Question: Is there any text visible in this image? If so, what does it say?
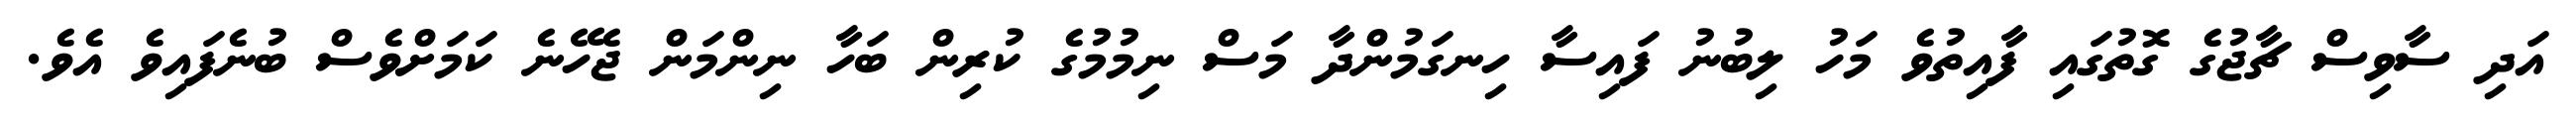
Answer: އަދި ސާވިސް ޗާޖުގެ ގޮތުގައި ފާއިތުވެ މަހު ލިބުނު ފައިސާ ހިނގަމުންދާ މަސް ނިމުމުގެ ކުރިން ބަހާ ނިންމަން ޖެހޭނެ ކަމަށްވެސް ބުނެފައިވެ އެވެ.